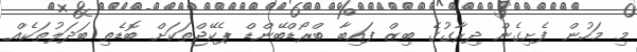
މި މަހުން ފެށިގެން ދިރާގުގެ ބިޒް ފައިބާ ބްރޯޑްބޭންޑް ޕެކޭޖްތަކަށް ބޮޑެތި ބަދަލުތަކެއް